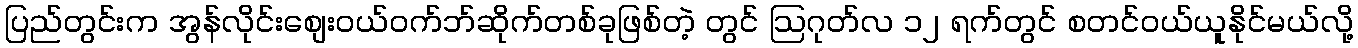
ပြည်တွင်းက အွန်လိုင်းစျေးဝယ်ဝက်ဘ်ဆိုက်တစ်ခုဖြစ်တဲ့ တွင် ဩဂုတ်လ ၁၂ ရက်တွင် စတင်ဝယ်ယူနိုင်မယ်လို့